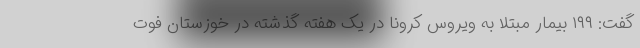
گفت: ۱۹۹ بیمار مبتلا به ویروس کرونا در یک هفته گذشته در خوزستان فوت